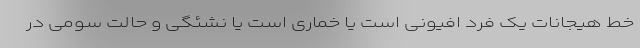
خط هیجانات یک فرد افیونی است یا خماری است یا نشئگی و حالت سومی در